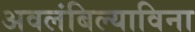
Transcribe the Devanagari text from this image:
अवलंबिल्याविना